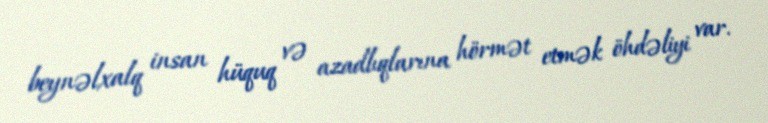
beynəlxalq insan hüquq və azadlıqlarına hörmət etmək öhdəliyi var.